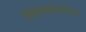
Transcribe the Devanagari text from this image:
विषयाक्रान्तचेतसः